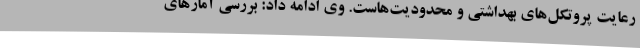
رعایت پروتکل‌های بهداشتی و محدودیت‌هاست. وی ادامه داد: بررسی آمارهای